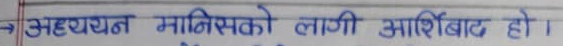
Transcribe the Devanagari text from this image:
अध्ययन मानिसको लागि आशिर्वाद हो।